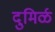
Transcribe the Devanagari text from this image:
दुमिर्ळ